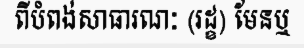
ពីបំពង់សាធារណៈ (រដ្ខ) មែនឬ